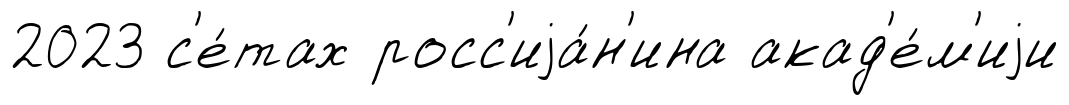
2023 с'е́тах росс'иjа́н'ина акад'е́м'иjи